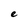
Character: e